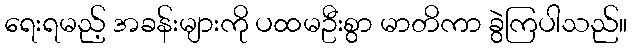
ရေးရမည့် အခန်းများကို ပထမဦးစွာ မာတိကာ ခွဲကြပါသည်။